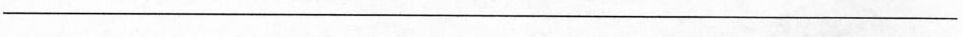
_______________________________________